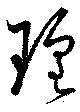
瑤